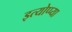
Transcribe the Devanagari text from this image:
इत्योप्प्या